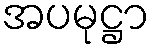
အပမုဋ္ဌာ